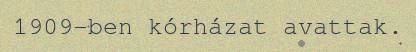
1909-ben kórházat avattak.